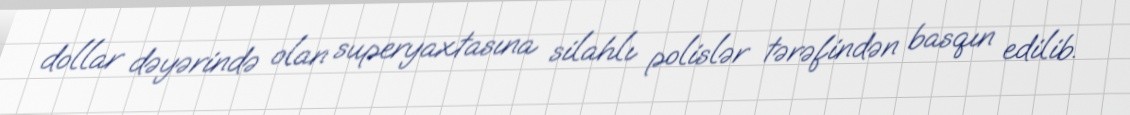
dollar dəyərində olan superyaxtasına silahlı polislər tərəfindən basqın edilib.